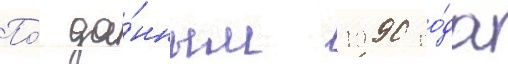
По́ да́нным 1990 го́да